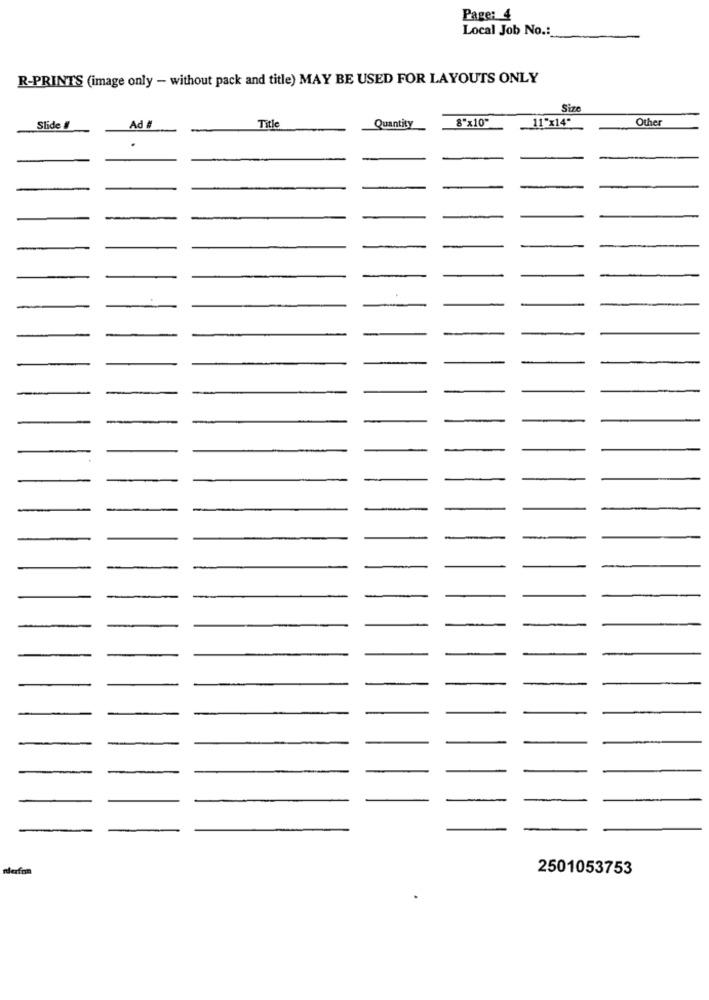
Page: 4
Local Job No .:
R-PRINTS (image only - without pack and title) MAY BE USED FOR LAYOUTS ONLY
Size
Quantity
8"x10"
11"x14"
Other
Slide
Ad #
Title
nderfon
2501053753